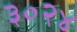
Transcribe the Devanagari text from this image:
३०२४